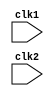
module mips(clk1,clk2);

// basically we have 5 stages namely 
// instruction fetch IF , instruction decode ID execute EX , memory acess MEM , register write WB


input clk1,clk2;

reg [31:0]  PC, IF_ID_IR, IF_ID_NPC;  // stage1 of pipelining

reg [31:0]  ID_EX_IR, ID_EX_NPC, ID_EX_A, ID_EX_B, ID_EX_Imm; // stage2 of pipelining

reg [2:0]  ID_EX_type, EX_MEM_type, MEM_WB_type; 

reg [31:0] EX_MEM_IR, EX_MEM_ALUOut, EX_MEM_B;   // stage3

reg EX_MEM_cond;

reg [31:0] MEM_WB_IR, MEM_WB_ALUOut, MEM_WB_LMD;  

reg [31:0] Reg [0:31]; // Register bank (32 x 32)  here R0 is predfined with 0
 
reg [31:0] Mem [0:1023]; // 1024 x 32 memory 


// this will come from opcode for the different alu operations that we have

parameter ADD    = 6'b000000, 
          SUB    = 6'b000001, 
          AND    = 6'b000010, 
          OR     = 6'b000011, 
          SLT    = 6'b000100, 
          MUL    = 6'b000101, 
          HLT    = 6'b111111, 
          LW     = 6'b100100, 
          SW     = 6'b001001, 
          ADDI   = 6'b001010, 
          SUBI   = 6'b001011, 
          SLTI   = 6'b001100, 
          BNEQZ  = 6'b001101, 
          BEQZ   = 6'b001110;
				
				
parameter RR_ALU   = 3'b000, 
          RM_ALU   = 3'b001, 
          LOAD     = 3'b010, 
          STORE    = 3'b011, 
          BRANCH   = 3'b100, 
          HALT     = 3'b101;


reg HALTED;    // Set after HLT instruction is completed (in WB stage) 

 
reg TAKEN_BRANCH;   // Required to disable instructions after branch 


// modellling for stage 1 that is instruction fetch

always @(posedge clk1)
begin
    // IF Stage 
    if (HALTED == 0) begin
	 
        if (((EX_MEM_IR[31:26] == BEQZ) && (EX_MEM_cond == 1)) ||   // EX_MEM_cond is set only when reg A is zero else it is not set
            ((EX_MEM_IR[31:26] == BNEQZ) && (EX_MEM_cond == 0))) begin
				
            IF_ID_IR   <= #2 Mem[EX_MEM_ALUOut]; 
				
            TAKEN_BRANCH <= #2 1'b1;   // setting high 
				
            IF_ID_NPC  <= #2 EX_MEM_ALUOut + 1; 
				
            PC         <= #2 EX_MEM_ALUOut + 1; 
				
        end
        else begin
		  
            IF_ID_IR   <= #2 Mem[PC]; 
            IF_ID_NPC  <= #2 PC + 1; 
            PC         <= #2 PC + 1;
				
        end 
    end
end

// modelling for stage 2

always @(posedge clk2) // ID Stage 

begin

    if (HALTED == 0) begin
	 
        if (IF_ID_IR[25:21] == 5'b00000)
            ID_EX_A <= 0; 
        
		  else
            ID_EX_A <= #2 Reg[IF_ID_IR[25:21]]; // "rs" 
				
				
        
        if (IF_ID_IR[20:16] == 5'b00000)
            ID_EX_B <= 0; 
        
		  else
            ID_EX_B <= #2 Reg[IF_ID_IR[20:16]]; // "rt"
				
        
        ID_EX_NPC  <= #2 IF_ID_NPC; 
        ID_EX_IR   <= #2 IF_ID_IR; 
        ID_EX_Imm  <= #2 {{16{IF_ID_IR[15]}}, {IF_ID_IR[15:0]}};

		  
		  
        case (IF_ID_IR[31:26]) 
		  
            ADD,SUB,AND,OR,SLT,MUL: ID_EX_type <= #2 RR_ALU;
				
            ADDI,SUBI,SLTI:         ID_EX_type <= #2 RM_ALU;
				
            LW:                      ID_EX_type <= #2 LOAD;
				
            SW:                      ID_EX_type <= #2 STORE; 
				
            BNEQZ,BEQZ:              ID_EX_type <= #2 BRANCH;
				
            HLT:                     ID_EX_type <= #2 HALT; 
				
            default:                 ID_EX_type <= #2 HALT; 
				
                                      // Invalid opcode
        endcase
		  
    end
	 
end
  
    
// stage 3 modelling in pipelined fashion
	 
always @(posedge clk1) // EX Stage
 
begin

    if (HALTED == 0) begin
	 
        EX_MEM_type   <= #2 ID_EX_type; 
        EX_MEM_IR     <= #2 ID_EX_IR; 
        //TAKEN_BRANCH  <= #2 1'b0; 
        
        case (ID_EX_type) 
		  
            // modelling for different addersing modes of the instructions		  
		  
            RR_ALU: begin
				
                case (ID_EX_IR[31:26]) // "opcode" 
					 
                    ADD: EX_MEM_ALUOut <= #2 ID_EX_A + ID_EX_B;
						  
                    SUB: EX_MEM_ALUOut <= #2 ID_EX_A - ID_EX_B;
						  
                    AND: EX_MEM_ALUOut <= #2 ID_EX_A & ID_EX_B;
						  
                    OR:  EX_MEM_ALUOut <= #2 ID_EX_A | ID_EX_B; 
						  
                    SLT: EX_MEM_ALUOut <= #2 ID_EX_A < ID_EX_B; 
						  
                    MUL: EX_MEM_ALUOut <= #2 ID_EX_A * ID_EX_B;
						  
                    default: EX_MEM_ALUOut <= #2 32'hxxxxxxxx;
						  
                endcase
					 
            end
            
				
            RM_ALU: begin
				
                case (ID_EX_IR[31:26]) // "opcode" 
					 
                    ADDI: EX_MEM_ALUOut <= #2 ID_EX_A + ID_EX_Imm; 
						  
                    SUBI: EX_MEM_ALUOut <= #2 ID_EX_A - ID_EX_Imm;
						  
                    SLTI: EX_MEM_ALUOut <= #2 ID_EX_A < ID_EX_Imm; 
						  
                    default: EX_MEM_ALUOut <= #2 32'hxxxxxxxx; 
						  
                endcase
					 
            end
				
				
            
            LOAD, STORE: begin
				
				
                EX_MEM_ALUOut <= #2 ID_EX_A + ID_EX_Imm;
					 
                EX_MEM_B      <= #2 ID_EX_B; 
					 
            end
            
            BRANCH: begin
				
                EX_MEM_ALUOut <= #2 ID_EX_NPC + ID_EX_Imm; 
					 
                EX_MEM_cond   <= #2 (ID_EX_A == 0); 
					 
            end 
				
        endcase
		  
    end
	 
end
	 
// modelling for stage 4	 
	 
	 
always @(posedge clk2) // MEM Stage 

begin

    if (HALTED == 0) begin
	 
        MEM_WB_type   <= EX_MEM_type;
		  
        MEM_WB_IR     <= #2 EX_MEM_IR; 
        
        case (EX_MEM_type)
		  
            RR_ALU, RM_ALU: 
				
										MEM_WB_ALUOut <= #2 EX_MEM_ALUOut; 
            
            LOAD: 
				
										MEM_WB_LMD <= #2 Mem[EX_MEM_ALUOut]; 
            
            STORE: 	
										if (TAKEN_BRANCH == 0) // Disable write 
														
														Mem[EX_MEM_ALUOut] <= #2 EX_MEM_B; 
        endcase
		  
    end
	 
end
	 

// modelling for stage 5 i.e. memory wruiet


always @(posedge clk1) // WB Stage
 
begin

    if (TAKEN_BRANCH == 0) begin // Disable write if branch taken
	 
        case (MEM_WB_type) 
		  
		  
            RR_ALU: 
                Reg[MEM_WB_IR[15:11]] <= #2 MEM_WB_ALUOut; // "rd" 
					 
            
            RM_ALU: 
                Reg[MEM_WB_IR[20:16]] <= #2 MEM_WB_ALUOut; // "rt" 
					 
            
            LOAD: 
                Reg[MEM_WB_IR[20:16]] <= #2 MEM_WB_LMD; // "rt" 
					 
            
            HALT: 
                HALTED <= #2 1'b1; 
					 
					 
        endcase
		  
    end
	 
end

endmodule